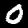
Digit: 0